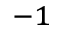
^ { - 1 }